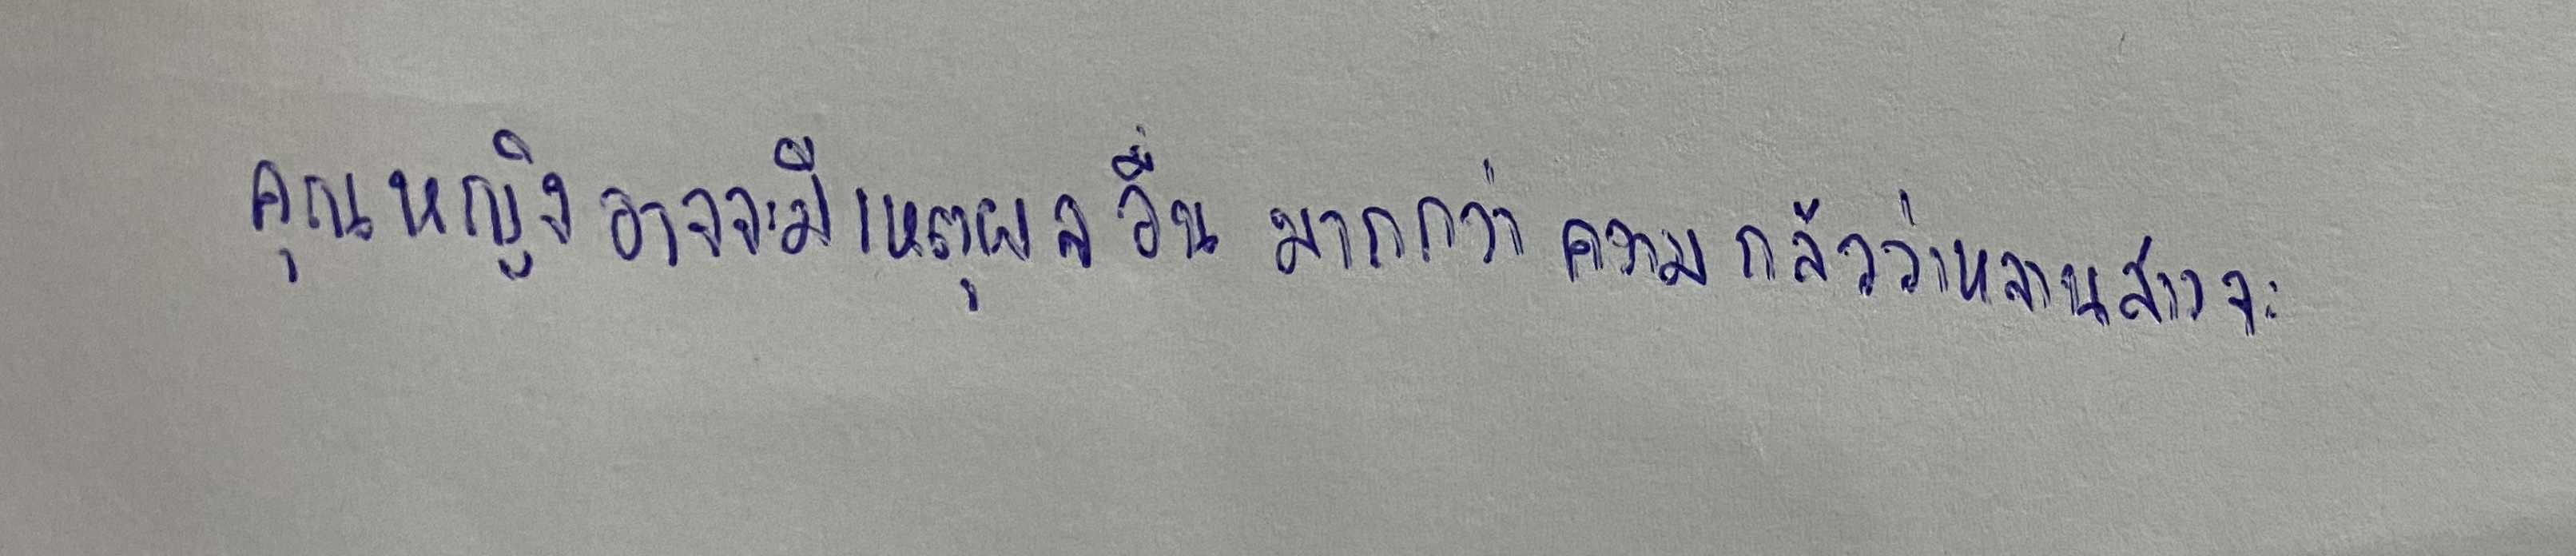
คุณหญิงอาจจะมีเหตุผลอื่นมากกว่าความกลัวว่าหลานสาวจะ